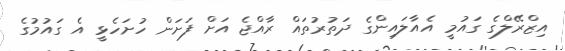
އިޒްރޭލްގެ ގައުމީ އެއާލައިންގެ ދަތުރުތައް ރާއްޖެ އަށް ފަށަން ހުށަހެޅީ އެ ގައުމުގެ